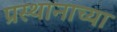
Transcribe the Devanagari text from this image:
प्रस्थानाच्या